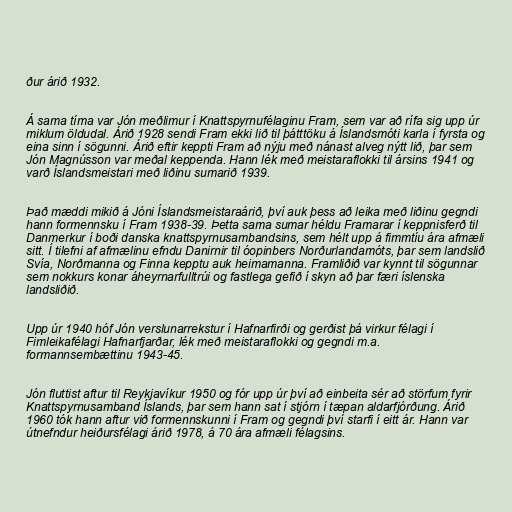
ður árið 1932.

Á sama tíma var Jón meðlimur í Knattspyrnufélaginu Fram, sem var að rífa sig upp úr
miklum öldudal. Árið 1928 sendi Fram ekki lið til þátttöku á Íslandsmóti karla í fyrsta og
eina sinn í sögunni. Árið eftir keppti Fram að nýju með nánast alveg nýtt lið, þar sem
Jón Magnússon var meðal keppenda. Hann lék með meistaraflokki til ársins 1941 og
varð Íslandsmeistari með liðinu sumarið 1939.

Það mæddi mikið á Jóni Íslandsmeistaraárið, því auk þess að leika með liðinu gegndi
hann formennsku í Fram 1938-39. Þetta sama sumar héldu Framarar í keppnisferð til
Danmerkur í boði danska knattspyrnusambandsins, sem hélt upp á fimmtíu ára afmæli
sitt. Í tilefni af afmælinu efndu Danirnir til óopinbers Norðurlandamóts, þar sem landslið
Svía, Norðmanna og Finna kepptu auk heimamanna. Framliðið var kynnt til sögunnar
sem nokkurs konar áheyrnarfulltrúi og fastlega gefið í skyn að þar færi íslenska
landsliðið.

Upp úr 1940 hóf Jón verslunarrekstur í Hafnarfirði og gerðist þá virkur félagi í
Fimleikafélagi Hafnarfjarðar, lék með meistaraflokki og gegndi m.a.
formannsembættinu 1943-45.

Jón fluttist aftur til Reykjavíkur 1950 og fór upp úr því að einbeita sér að störfum fyrir
Knattspyrnusamband Íslands, þar sem hann sat í stjórn í tæpan aldarfjórðung. Árið
1960 tók hann aftur við formennskunni í Fram og gegndi því starfi í eitt ár. Hann var
útnefndur heiðursfélagi árið 1978, á 70 ára afmæli félagsins.